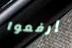
إرفعوا